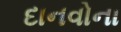
દાનવોના